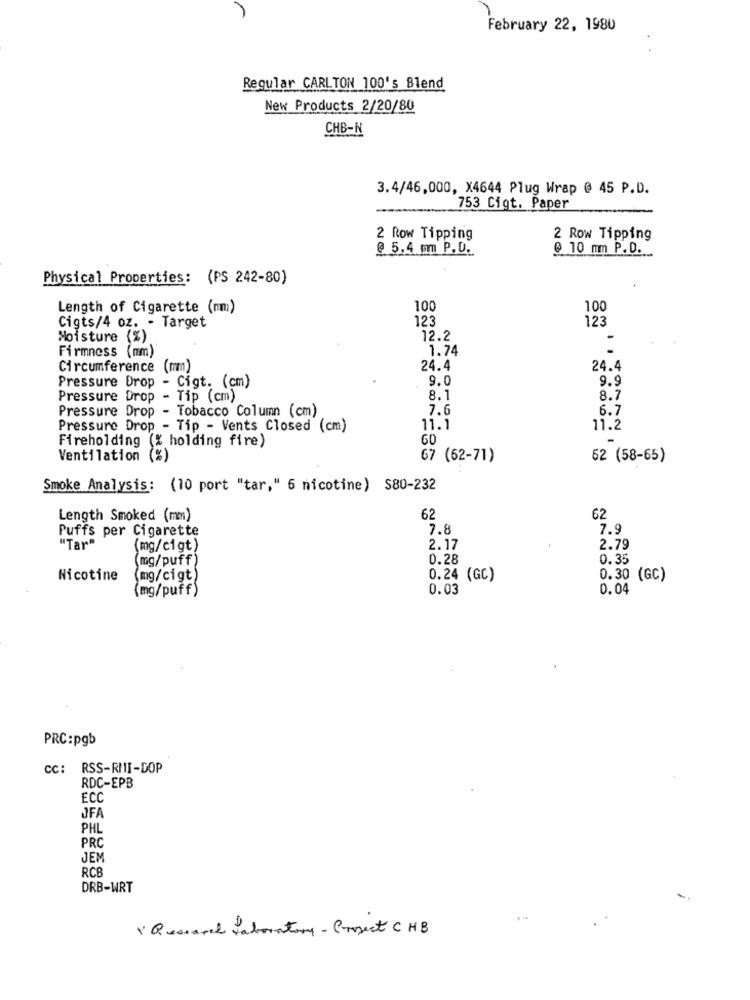
February 22, 1980
Regular CARLTON 100's Blend
New Products 2/20/80
CHB-N
3.4/46,000, X4644 Plug Wrap @ 45 P.D.
753 Cigt. Paper
2 Row Tipping
2 Row Tipping
@ 5.4 mm P.D.
@ 10 mm P.D.
Physical Properties: (PS 242-80)
Length of Cigarette (nm)
100
100
123
123
Cigts/4 oz. - Target
Moisture (%)
12.2
1.74
Firmness (mm)
Circumference (mm)
24.4
24.4
Pressure Drop - Cigt. (cm)
9.0
9.9
Pressure Drop
o - Tip (cm)
8.1
8.7
Pressure Drop - Tobacco Column (cm)
7.6
6.7
Pressure Drop - Tip - Vents Closed (cm)
11.1
11.2
Fireholding (% holding fire)
GD
Ventilation (%)
67 (62-71)
62 (58-65)
Smoke Analysis: (10 port "tar," 6 nicotine) $80-232
Length Smoked (mm)
62
62
Puffs per Cigarette
7.8
7.9
"Tar"
(mg/cigt)
2.17
2.79
(mg/puff)
0.28
0.35
Nicotine
(mg/cigt)
0.24 (GC)
0.30 (GC)
{mg/puff)
0.03
0.04
PRC:pgb
cc: RSS-RMI-DOP
RDC-EPB
ECC
JFA
PHL
PRC
JEM
RC
DRB-WRT
V Quesarel Laboratory - Project CHB